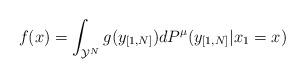
LaTeX: \begin{align*}f(x)=\int_{\mathcal{Y}^{N}}g(y_{[1,N]})dP^{\mu}(y_{[1,N]}|x_{1}=x)\end{align*}